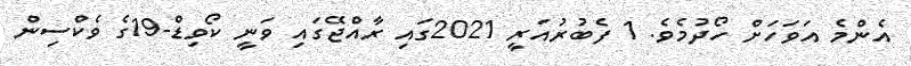
އެންމެ އަވަހަށް ހޯދުމެވެ. 1 ފެބުރުއަރީ 2021ގައި ރާއްޖޭގައި ވަނީ ކޯވިޑް-19ގެ ވެކްސިން